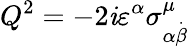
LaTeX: Q^{2}=-2\mathit{i}\varepsilon^{\alpha}\sigma_{\alpha\stackrel{.}{\beta}}^{\mu}\,